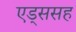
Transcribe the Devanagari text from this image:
एड्ससह